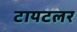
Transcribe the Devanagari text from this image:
टायटलर